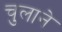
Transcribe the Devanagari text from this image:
चुलाने